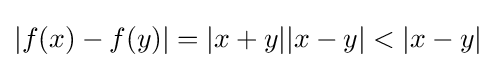
|f(x)-f(y)|=|x+y||x-y|<|x-y|